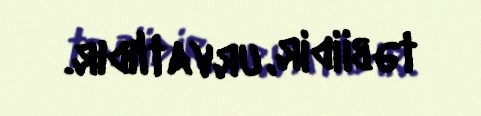
təbiidir, urvatlıdır.